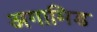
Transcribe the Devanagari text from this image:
अगामिड